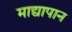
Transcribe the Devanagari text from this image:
माद्यापान